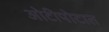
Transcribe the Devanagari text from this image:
ओटीपोटात